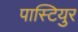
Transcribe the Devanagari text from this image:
पास्टियुर